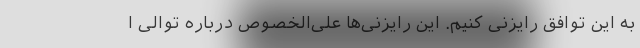
به این توافق رایزنی کنیم. این رایزنی‌ها علی‌الخصوص درباره توالی ا